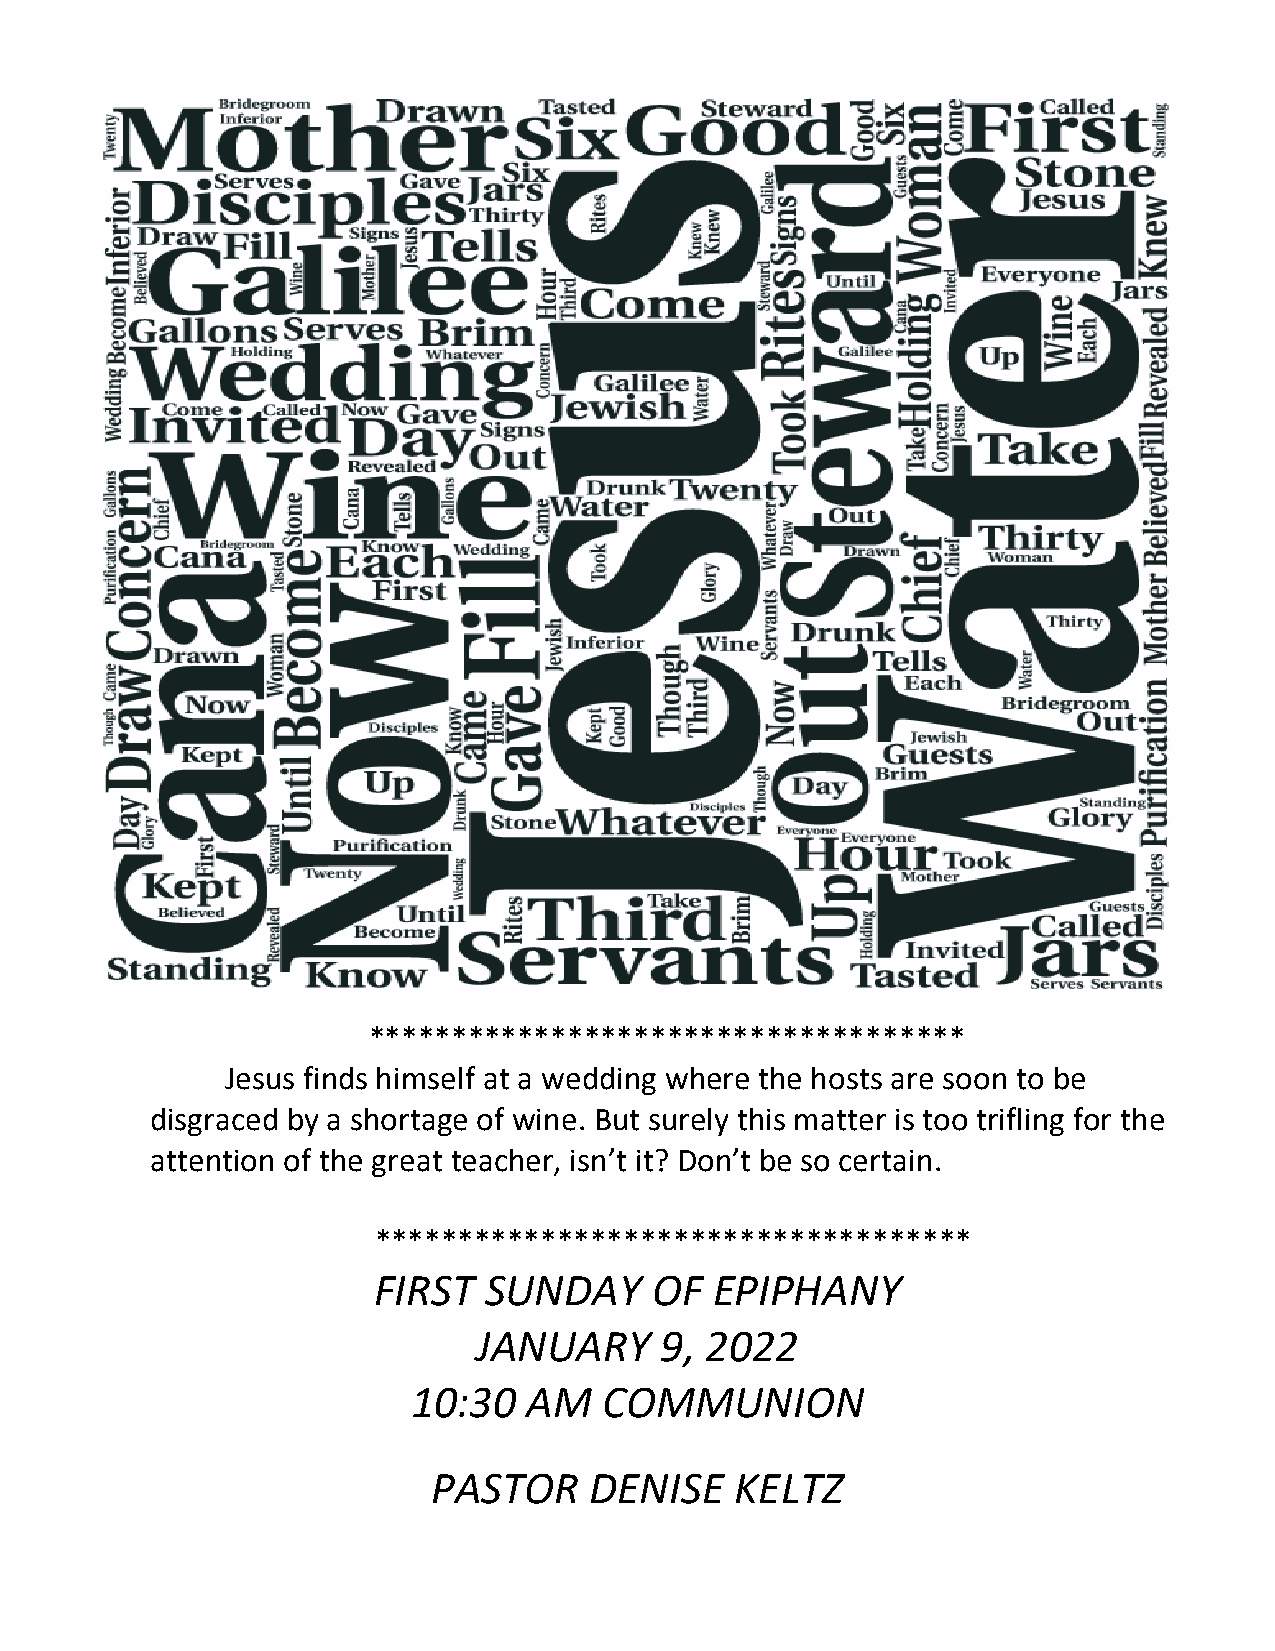
************************************
 Jesus finds himself at a wedding where the hosts are soon to be
 disgraced by a shortage of wine. But surely this matter is too trifling for the
 attention of the great teacher, isn’t it? Don’t be so certain.
 ************************************
 FIRST  SUNDAY     OF  EPIPHANY
 JANUARY     9, 2022
 10:30   AM   COMMUNION
 PASTOR    DENISE    KELTZ